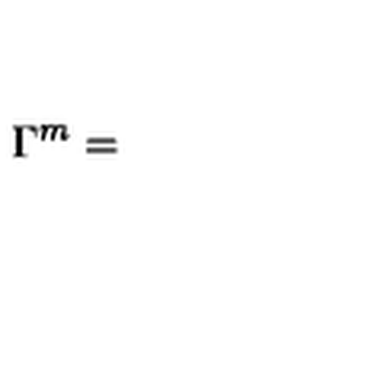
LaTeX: \nonumber \Gamma ^ { m } =